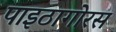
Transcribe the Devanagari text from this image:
पाइठागोरस